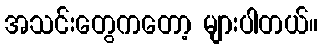
အသင်းတွေကတော့ များပါတယ်။